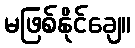
မဖြစ်နိုင်ချေ။